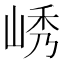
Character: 𫵿